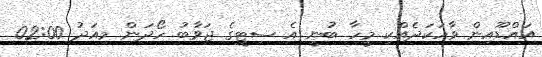
އައްޑޫއިން ވާހަކަދެއްކި މީހާ ބުނީ އެ ސިޓީގެ ޖަވާބު ހޯދަން މިއަދު 02:00